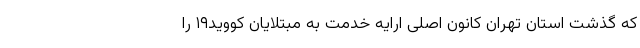
که گذشت استان تهران کانون اصلی ارایه خدمت به مبتلایان کووید۱۹ را